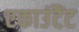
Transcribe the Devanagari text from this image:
एकाउंटैंट